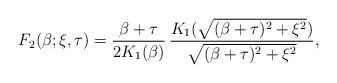
LaTeX: \begin{align*}F_{2}(\beta; \xi, \tau) = \frac{\beta+\tau}{2K_{1}(\beta)}\, \frac{K_{1}(\sqrt{(\beta+\tau)^{2} + \xi^{2}})}{\sqrt{(\beta+\tau)^{2}+\xi^{2}}},\end{align*}